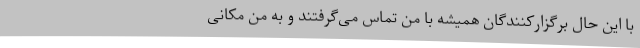
با این حال برگزارکنندگان همیشه با من تماس می‌گرفتند و به من مکانی